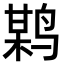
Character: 𪉏